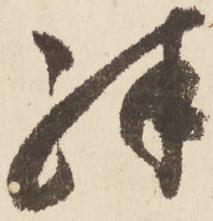
殊